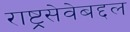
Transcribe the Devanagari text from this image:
राष्ट्रसेवेबद्दल